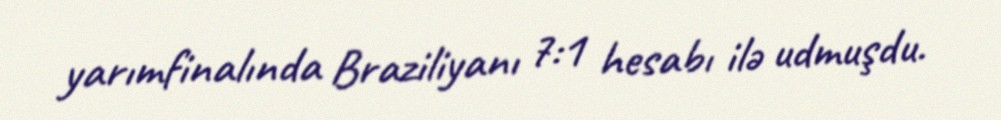
yarımfinalında Braziliyanı 7:1 hesabı ilə udmuşdu.